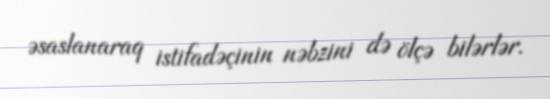
əsaslanaraq istifadəçinin nəbzini də ölçə bilərlər.